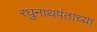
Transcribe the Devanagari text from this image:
रघुनाथपंताच्या